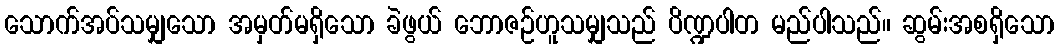
သောက်အပ်သမျှသော အမှတ်မရှိသော ခဲဖွယ် ဘောဇဉ်ဟူသမျှသည် ပိဏ္ဍပါတ မည်ပါသည်။ ဆွမ်းအစရှိသော